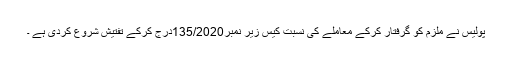
پولیس نے ملزم کو گرفتار کرکے معاملے کی نسبت کیس زیر نمبر135/2020درج کرکے تفتیش شروع کردی ہے ۔